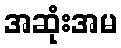
အဆုံးအမ